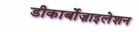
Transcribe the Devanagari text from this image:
डीकार्बोज़ाइलेशन